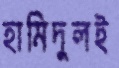
হামিদুলই